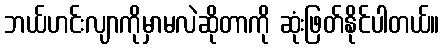
ဘယ်ဟင်းလျာကိုမှာမလဲဆိုတာကို ဆုံးဖြတ်နိုင်ပါတယ်။